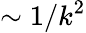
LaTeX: \sim 1/k^{2}